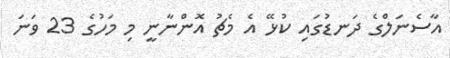
އާސެނަލްގެ ދަނޑުގައި ކުޅޭ އެ މެޗު އޮންނާނީ މި މަހުގެ 23 ވަނަ